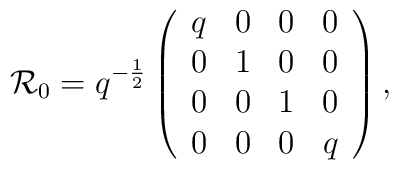
{\cal R}_0=q^{-\frac 12}\left(\begin{array}{cccc}q & 0 & 0 & 0 \\0 & 1 & 0 & 0 \\0 & 0 & 1 & 0 \\0 & 0 & 0 & q\end{array}\right) ,